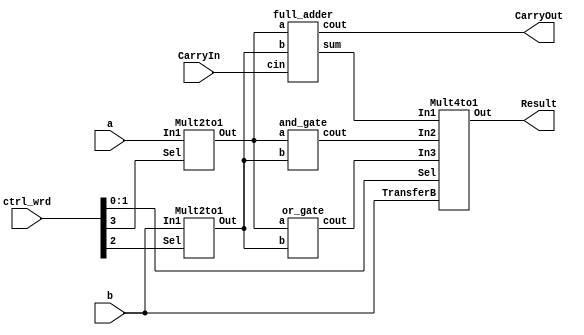
module One_bit_ALU (a, b, CarryIn, ctrl_wrd, CarryOut, Result);
	
	input a, b, CarryIn;
	input [3:0] ctrl_wrd; // 4bit control word to select operations
	output CarryOut, Result;
	wire Out_a, Out_b, cout, sum;
	wire In1, In2, In3;

		Mult2to1 a_Mux2x1(.In1(a), .Sel(ctrl_wrd[3]), .Out(Out_a));
		Mult2to1 b_Mux2x1(.In1(b), .Sel(ctrl_wrd[2]), .Out(Out_b));
		full_adder FA(.a(Out_a), .b(Out_b), .cin(CarryIn), .sum(In1), .cout(CarryOut));
		and_gate AND(.a(Out_a), .b(Out_b), .cout(In2));
		or_gate OR(.a(Out_a), .b(Out_b), .cout(In3));
		Mult4to1 Mux4x1(.TransferB(b), .In1(In1), .In2(In2), .In3(In3), .Sel(ctrl_wrd[1:0]), .Out(Result) );
		
endmodule


// 2X1 MULTIPLEXER
module Mult2to1(In1,Sel,Out);
	input In1,Sel;
	output reg Out;
	
always @(In1,Sel)

	begin
	case (Sel)
	1'b0 : Out <= In1;
	1'b1 : Out <= ~In1;
	endcase
	
end
endmodule


//AND GATE
module and_gate (a, b, cout);
	input a, b;
	output cout;

	assign cout = a & b; // AND operation of a and b

endmodule
//OR GATE
module or_gate (a, b, cout);
	input a, b;
	output cout;
		
		assign cout = a | b; // OR operation of a and b
		
endmodule
// 4to1 MUX
module Mult4to1(TransferB, In1, In2, In3, Sel, Out );
	input In1, In2, In3, TransferB;
	input[1:0] Sel; //Two LSB bits of ctrl_wrd to select operation
	output reg Out;
	
always @( TransferB, In1, In2, In3, Sel ) //sensitivity list of In1, In2, In3, Sel inputs
	begin
	case( Sel )
	2'b00 : Out <= In2; //Selects the AND gate output
	2'b01 : Out <= In3; //Selects the OR gate output
	2'b10 : Out <= In1; //Selects the Full ADDER output
	2'b11 : Out <= TransferB;
	endcase
end
endmodule
//FULL ADDER

module full_adder ( a, b, cin, sum, cout );
input a, b, cin;
output cout, sum;

	assign sum = a^b^cin; //SUM
	assign cout = (b & cin) | (a & cin) |(a & b); //CARRYOUT
	
endmodule